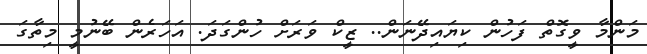
މަންމާ ވީގޮތް ފަހުން ކިޔައިދޭނަން.. ޒީކް ވަރަށް ހުންގަދަ. އަހަރެން ބޭނުމީ މިތާގަ